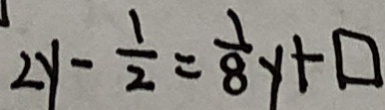
2 y - \frac { 1 } { 2 } = \frac { 1 } { 8 } y + \square